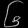
Digit: ၆